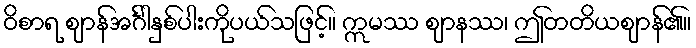
ဝိစာရ ဈာန်အင်္ဂါနှစ်ပါးကိုပယ်သဖြင့်။ ဣမဿ ဈာနဿ၊ ဤတတိယဈာန်၏။